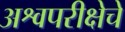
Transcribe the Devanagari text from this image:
अश्वपरीक्षेचे